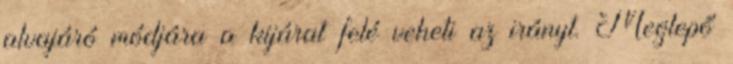
alvajáró módjára a kijárat felé veheti az irányt. Meglepő